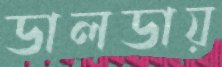
ডালডায়